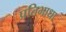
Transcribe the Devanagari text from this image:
प्रतिभाधा